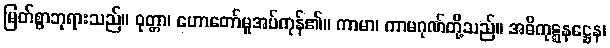
မြတ်စွာဘုရားသည်။ ဝုတ္တာ၊ ဟောတော်မူအပ်ကုန်၏။ ကာမာ၊ ကာမဂုဏ်တို့သည်။ အဓိကုဋ္ဋနဋ္ဌေန၊